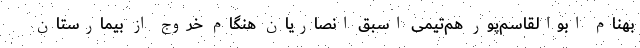
بهنام ابوالقاسم‌پور هم‌تیمی اسبق انصاریان هنگام خروج از بیمارستان